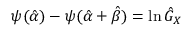
\psi ( { \hat { \alpha } } ) - \psi ( { \hat { \alpha } } + { \hat { \beta } } ) = \ln { \hat { G } } _ { X }